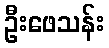
ဦးဖေသန်း